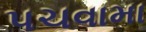
પચવામા